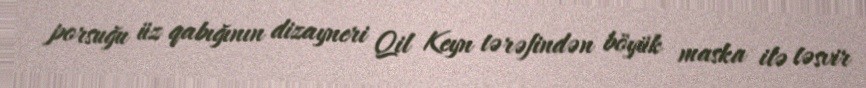
porsuğu üz qabığının dizayneri Qil Keyn tərəfindən böyük maska ilə təsvir